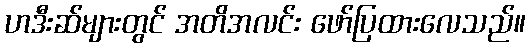
ဟဒီးဆ်များတွင် အတိအလင်း ဖော်ပြထားလေသည်။